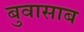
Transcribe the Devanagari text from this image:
बुवासाब